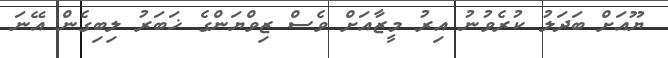
ޔޫއަށް ބަދަލު ކުރެވުނު އިރު މީޒާއަށް ވެސް ޒިވްޔަންގެ ޚަބަރު ލިބިގެން އޭނަ